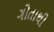
ગોતાથી